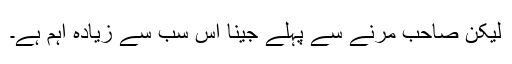
لیکن صاحب مرنے سے پہلے جینا اس سب سے زیادہ اہم ہے۔